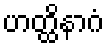
ဟတ္ထိနာဂံ